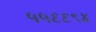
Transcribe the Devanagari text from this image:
५५६६९४